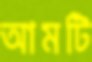
আমটি